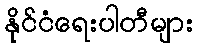
နိုင်ငံရေးပါတီများ